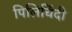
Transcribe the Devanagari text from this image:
पिलिचिंदी